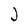
Character: J